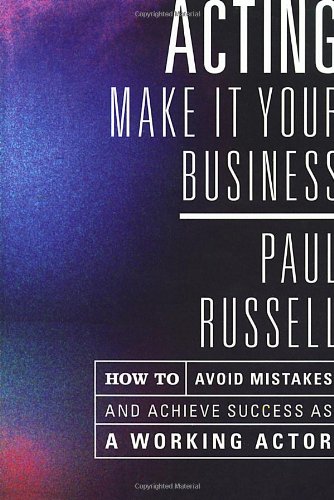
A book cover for Acting: Make It Your Business - How to Avoid Mistakes and Achieve Success as a Working Actor; Paul Russell; Business & Money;